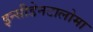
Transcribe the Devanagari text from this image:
इन्सीडेनटालोमा